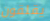
يقلقون